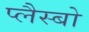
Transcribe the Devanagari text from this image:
प्लैस्बो